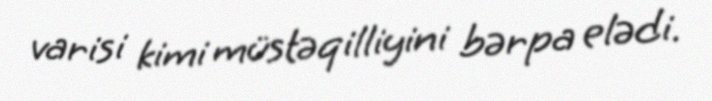
varisi kimi müstəqilliyini bərpa elədi.